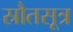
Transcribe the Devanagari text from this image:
स्रौतसूत्र